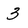
Character: 3